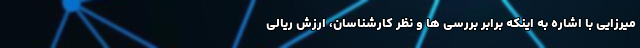
میرزایی با اشاره به اینکه برابر بررسی ها و نظر کارشناسان، ارزش ریالی